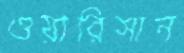
ওয়ারিসান